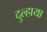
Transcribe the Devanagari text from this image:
दुल्हाया